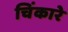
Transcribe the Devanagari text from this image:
चिंकारे